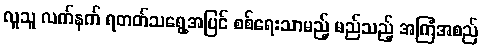
လူသူ လက်နက် ရတတ်သရွေ့အပြင် စစ်ရေးသာမည့် မည်သည့် အကြံအစည်